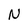
Character: N